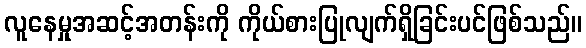
လူနေမှုအဆင့်အတန်းကို ကိုယ်စားပြုလျက်ရှိခြင်းပင်ဖြစ်သည်။